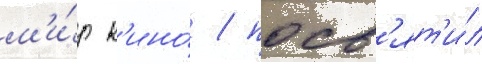
м'и́р к'ино́ / посв'ят'и́л